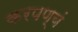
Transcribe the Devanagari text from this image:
करपण्यं